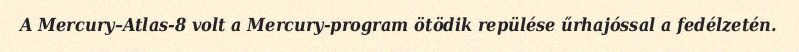
A Mercury–Atlas-8 volt a Mercury-program ötödik repülése űrhajóssal a fedélzetén.